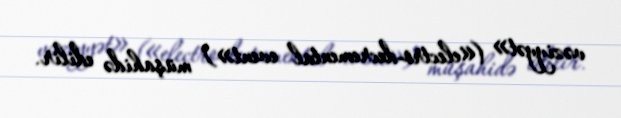
vəziyyət» («electro-decremental event») müşahidə edilir.